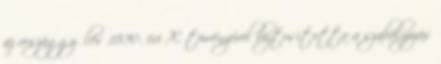
az országgyűlés 1870. évi X. törvényével biztosította a szabályozás